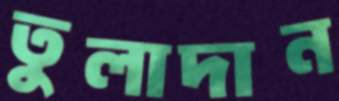
তুলাদান